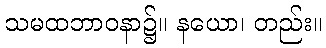
သမထဘာဝနာ၌။ နယော၊ တည်း။